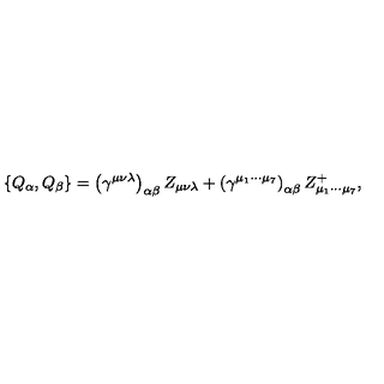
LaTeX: \left\{ Q _ { \alpha } , Q _ { \beta } \right\} = \left( \gamma ^ { \mu \nu \lambda } \right) _ { \alpha \beta } Z _ { \mu \nu \lambda } + \left( \gamma ^ { \mu _ { 1 } \cdots \mu _ { 7 } } \right) _ { \alpha \beta } Z _ { \mu _ { 1 } \cdots \mu _ { 7 } } ^ { + } ,